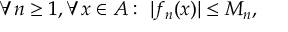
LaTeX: \forall n \geq 1 , \forall x \in A : \ | f _ { n } ( x ) | \leq M _ { n } ,